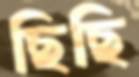
ছিছি